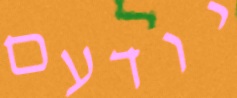
יודעם